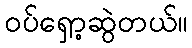
ဝပ်ရှော့ဆွဲတယ်။